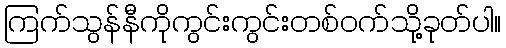
ကြက်သွန်နီကိုကွင်းကွင်းတစ်ဝက်သို့ခုတ်ပါ။